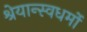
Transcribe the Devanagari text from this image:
श्रेयान्स्वधर्मो